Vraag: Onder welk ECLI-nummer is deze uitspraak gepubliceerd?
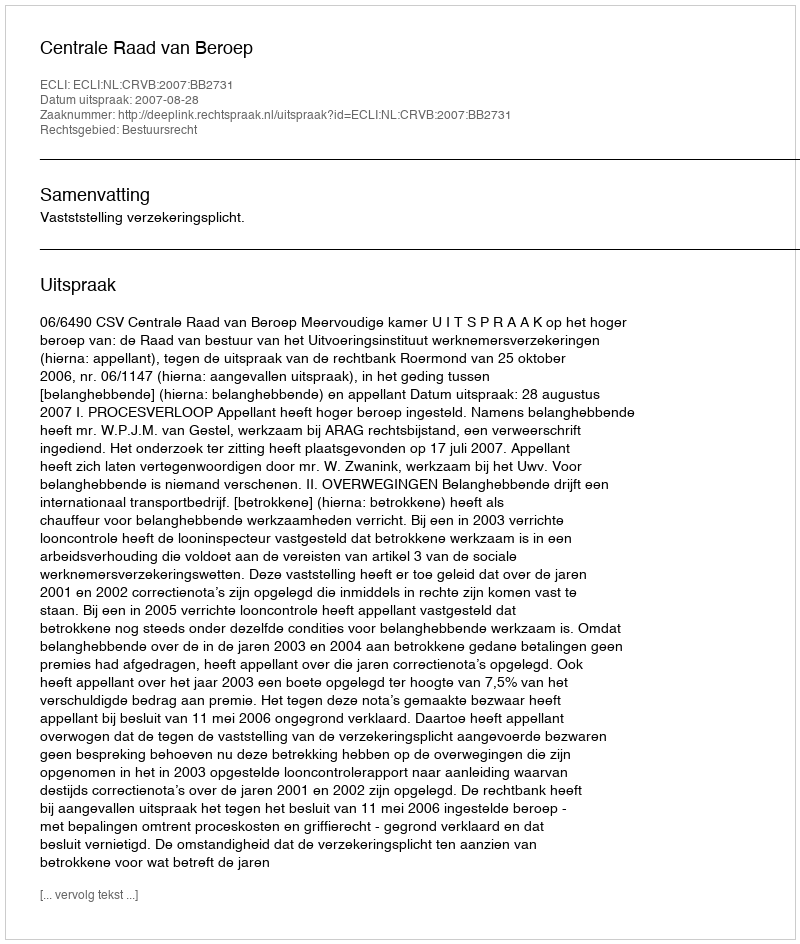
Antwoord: ECLI:NL:CRVB:2007:BB2731